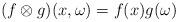
LaTeX: \begin{align*}(f \otimes g) (x,\omega) = f(x) g(\omega)\end{align*}